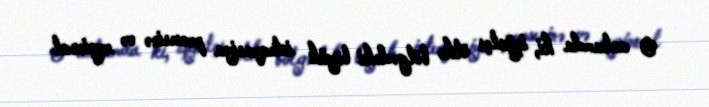
O anlamda ki, işğalçı ölkə bölgədəki böyük inteqrasiya prosesinə və regional